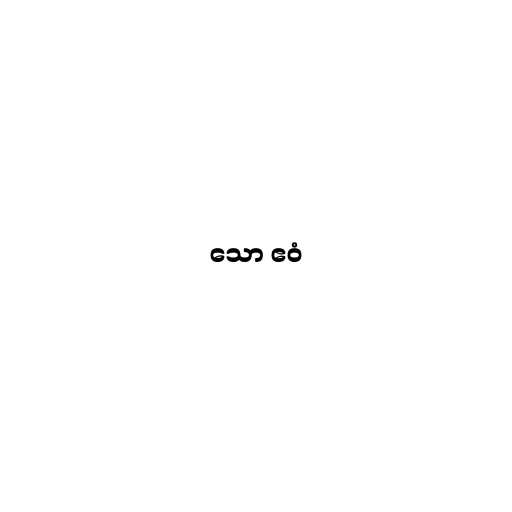
သော ဧဝံ